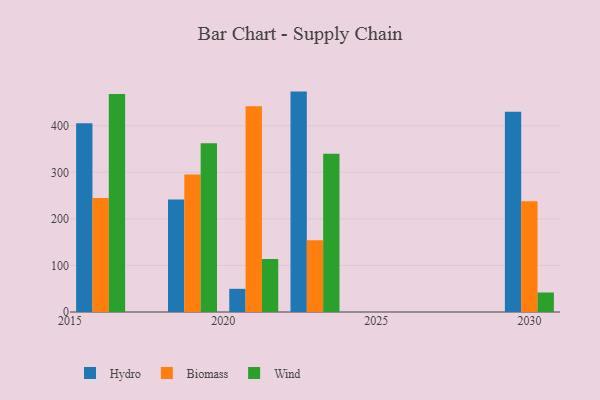
{"axis": {"x": "Year", "y": "LTV (USD)"}, "legend": ["Biomass", "Hydro", "Wind"], "data": [{"x": "2019", "y": 241.7, "type": "Hydro"}, {"x": "2019", "y": 295.4, "type": "Biomass"}, {"x": "2019", "y": 362.2, "type": "Wind"}, {"x": "2023", "y": 473.3, "type": "Hydro"}, {"x": "2023", "y": 154.0, "type": "Biomass"}, {"x": "2023", "y": 339.7, "type": "Wind"}, {"x": "2016", "y": 405.4, "type": "Hydro"}, {"x": "2016", "y": 244.9, "type": "Biomass"}, {"x": "2016", "y": 468.2, "type": "Wind"}, {"x": "2030", "y": 430.0, "type": "Hydro"}, {"x": "2030", "y": 238.0, "type": "Biomass"}, {"x": "2030", "y": 41.9, "type": "Wind"}, {"x": "2021", "y": 49.8, "type": "Hydro"}, {"x": "2021", "y": 441.7, "type": "Biomass"}, {"x": "2021", "y": 113.7, "type": "Wind"}]}